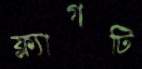
ফ্ল্যাগটি